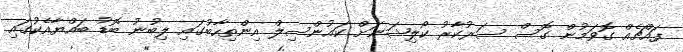
ފައްޗެއް ގޮވަމުން ގޮސް ސަރުކާރު ކޯލިޝަނަށް ކައުންސިލް އިންތިހާބުގައި ލިބުނު ބޮޑު ބައްޔާއެކުގައި